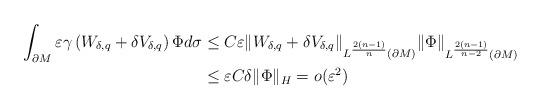
LaTeX: \begin{align*}\int_{\partial M}\varepsilon\gamma\left(W_{\delta,q}+\delta V_{\delta,q}\right)\Phi d\sigma & \le C\varepsilon\|W_{\delta,q}+\delta V_{\delta,q}\|_{L^{\frac{2(n-1)}{n}}(\partial M)}\|\Phi\|_{L^{\frac{2(n-1)}{n-2}}(\partial M)}\\ & \le\varepsilon C\delta\|\Phi\|_{H}=o(\varepsilon^{2})\end{align*}